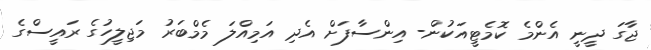
ޖާގަ ދީނީ އެންމެ ކޮމެޓީއަކުން- އިންސާފަށް އެދި އަމިއްލަ މެމްބަރު މަޖިލީހުގެ ރައީސްގެ